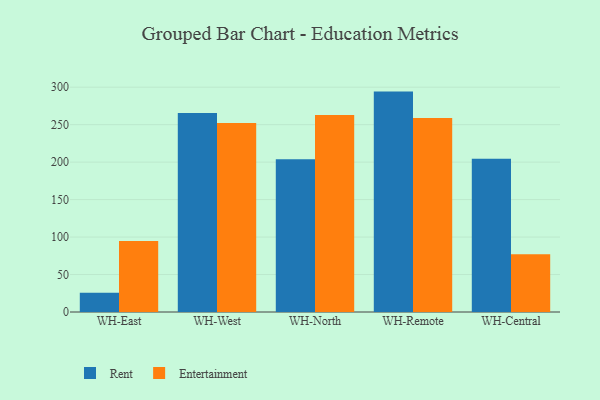
{"axis": {"x": "Warehouse", "y": "Demand Index"}, "legend": ["Entertainment", "Rent"], "data": [{"x": "WH-East", "y": 25.7, "type": "Rent"}, {"x": "WH-East", "y": 94.9, "type": "Entertainment"}, {"x": "WH-West", "y": 265.5, "type": "Rent"}, {"x": "WH-West", "y": 252.2, "type": "Entertainment"}, {"x": "WH-North", "y": 203.8, "type": "Rent"}, {"x": "WH-North", "y": 262.9, "type": "Entertainment"}, {"x": "WH-Remote", "y": 294.1, "type": "Rent"}, {"x": "WH-Remote", "y": 259.0, "type": "Entertainment"}, {"x": "WH-Central", "y": 204.4, "type": "Rent"}, {"x": "WH-Central", "y": 76.9, "type": "Entertainment"}]}